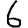
Digit: 6